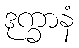
ဒုက္ခာနံ